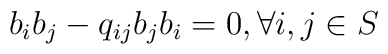
b_{i}b_{j} - q_{ij}b_{j}b_{i} = 0    ,\forall i,j\in S